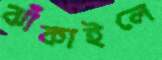
ঝাঁকাইলে